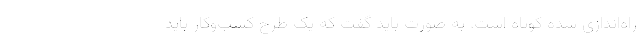
راه‌اندازی شده کوتاه است. به صورت باید گفت که یک طرح کسب‌وکار باید